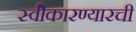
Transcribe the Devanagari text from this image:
स्वीेकारण्यारची